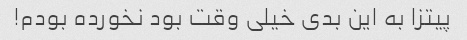
پیتزا به این بدی خیلی وقت بود نخورده بودم!